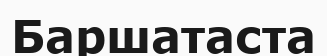
Баршатаста